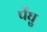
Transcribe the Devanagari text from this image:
पेंघु